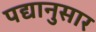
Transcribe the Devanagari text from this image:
पद्यानुसार